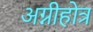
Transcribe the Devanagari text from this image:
अग्नीहोत्र